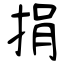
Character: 捐